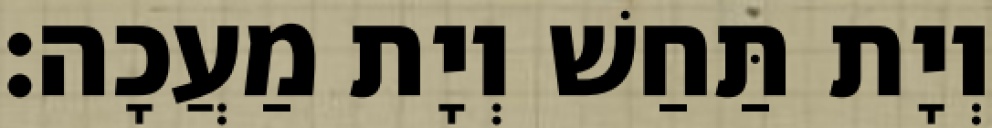
וְיָת תַּחַשׁ וְיָת מַעֲכָה׃